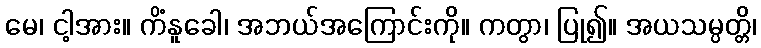
မေ၊ ငါ့အား။ ကိံနူခေါ၊ အဘယ်အကြောင်းကို။ ကတွာ၊ ပြု၍။ အယသမ္ပတ္တိ၊